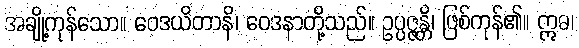
အချို့ကုန်သော။ ဝေဒယိတာနိ၊ ဝေဒနာတို့သည်။ ဥပ္ပဇ္ဇန္တိ၊ ဖြစ်ကုန်၏။ ဣဓ၊